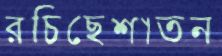
রচিছেশাতন